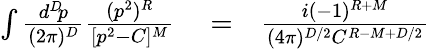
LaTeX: \begin{array}{rlr}{\int{\frac{d^{D}\! p}{(2\pi)^{D}}}{\frac{(p^{2})^{R}}{[p^{2}-C]^{M}}}}&{{}=}&{{\frac{i(-1)^{R+M}}{(4\pi)^{D/2}C^{R-M+D/2}}}}\end{array}